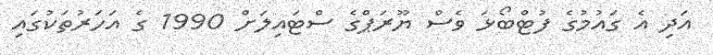
އަދި އެ ގައުމުގެ ފުޓްބޯޅަ ވެސް ޔޫރަޕްގެ ސްޓައިލަށް 1990 ގެ އަހަރުތަކުގައި